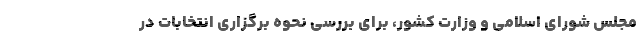
مجلس شورای اسلامی و وزارت کشور، برای بررسی نحوه برگزاری انتخابات در